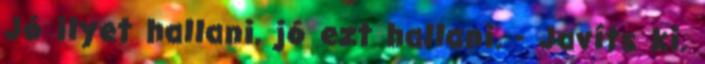
Jó ilyet hallani, jó ezt hallani. - Javíts ki,